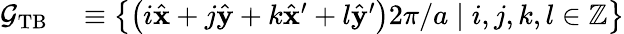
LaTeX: \begin{array}{rl}{\mathcal{G}_{\mathrm{TB}}}&{{}\equiv\left\{ \left(i\hat{\mathbf{x}}+j\hat{\mathbf{y}}+k\hat{\mathbf{x}}^{\prime}+l\hat{\mathbf{y}}^{\prime}\right)2\pi/a\mid i,j,k,l\in\mathbb{Z}\right\} }\end{array}